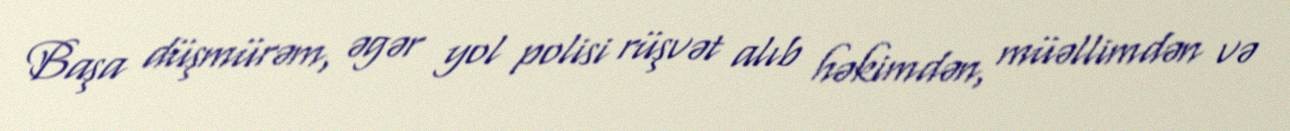
Başa düşmürəm, əgər yol polisi rüşvət alıb həkimdən, müəllimdən və